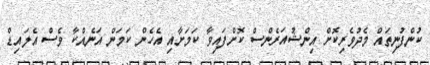
ކުންފުނިތައް މެދުވެރިކޮށް އިންޝުއަރެންސް ކޮށްފައިވާ ކަމަށާއި އެހެން ކަމަން އަނެއްކާ ވެސް އެލައިޑް